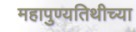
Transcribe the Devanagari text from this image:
महापुण्यतिथीच्या